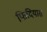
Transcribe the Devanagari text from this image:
फिदियास